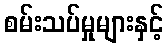
စမ်းသပ်မှုများနှင့်